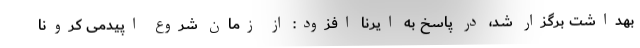
بهداشت برگزار شد، در پاسخ به ایرنا افزود: از زمان شروع اپیدمی کرونا